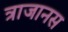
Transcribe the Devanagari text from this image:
त्राजानस